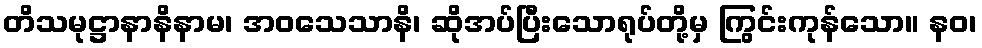
တိသမုဋ္ဌာနာနိနာမ၊ အဝသေသာနိ၊ ဆိုအပ်ပြီးသောရုပ်တို့မှ ကြွင်းကုန်သော။ နဝ၊